Lunatic asylums in Bengal annual reports 1899-1911 - 1899-1911
Year: 1899
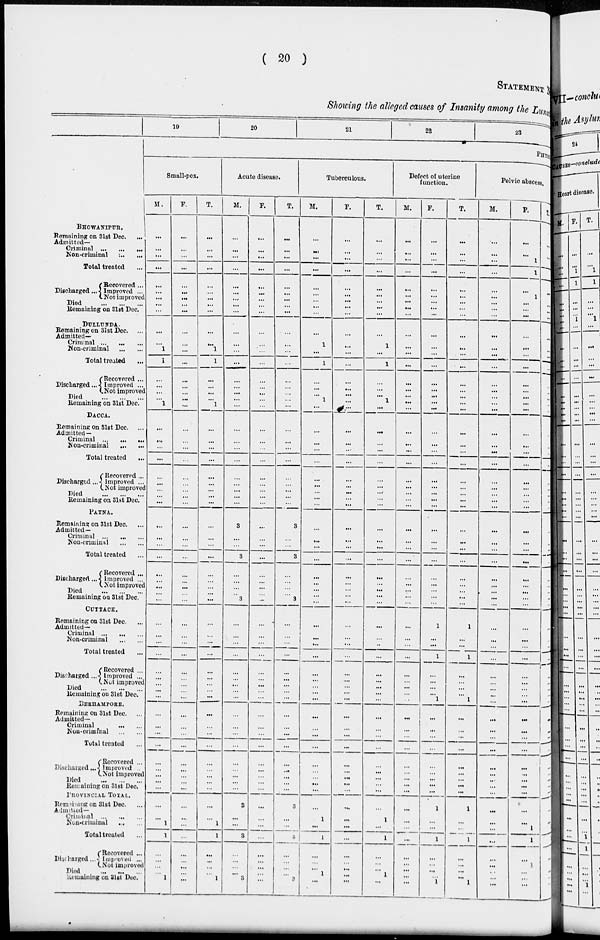
( 20 )
STATEMENT NO.
Showing the alleged causes of Insanity among the Lunatic
BHOWANIPUR.
Remaining on 31st Dec. ...
Admitted—
Criminal ... ... ...
Non-criminal ... ...
Total treated ...
Discharged ...
Recovered ...
Improved ...
Not improved
Died
...
...
...
Remaining on 31st Dec.
DULLUNDA.
Remaining on 31st Dec.
Admitted—
Criminal
...
...
...
Non-criminal
...
...
Total treated
...
Discharged...
Recovered ...
Improved ...
Not improved
Died
...
...
...
Remaining on 31st Dec.
DACCA.
Remaining on 31st Dec. ...
Admitted—
Criminal
...
...
...
Non-criminal
...
...
Total treated ...
Discharged ..
Recovered ...
Improved ...
Not improved
Died
...
...
...
Remaining on 31st Dec.
PATNA.
Remaining on 31st Dec.
Admitted—
Criminal
...
...
...
Non-criminal
...
...
Total treated ...
Discharged ...
Recovered ...
Improved ...
Not improved
Died
...
...
...
Remaining on 31st Dec.
CUTTACK.
Remaining on 31st Dec. ...
Admitted—
Criminal
...
...
...
Non-criminal ... ...
Total treated ...
Discharged ..
Recovered ...
Improved ...
Not improved
Died
...
...
...
Remaining on 31st Dec.
BERHAMPORE.
Remaining on 31st Dec. ...
Admitted—
Criminal
...
...
Non-criminal
...
...
Total treated ...
Discharged ..
Recovered ...
Improved ...
Not improve ...
Died
...
...
Remaining on 31st Dec.
PROVINCIAL TOTAL.
Remaining on 31st Dec. ...
Admittied—
Criminal
...
...
...
Non-criminal
... ...
Total treated ...
Discharged ...
Recovered ...
Improved ...
Not improved
Died
...
...
...
Remaining on 31st Dec.
19
20
21
22
23
PHYSI
Small-pox.
M.
...
...
...
...
...
...
...
...
...
...
...
1
1
...
...
...
...
1
...
...
...
...
...
...
...
...
...
...
...
...
...
...
...
...
...
...
...
...
...
...
...
...
...
...
...
...
...
...
...
...
...
...
...
...
...
...
1
1
...
...
...
...
1
F.
...
...
...
...
...
...
...
...
...
...
...
...
...
...
...
...
...
...
...
...
...
...
...
...
...
...
...
...
...
...
...
...
...
...
...
...
...
...
...
...
...
...
...
...
...
...
...
...
...
...
...
...
...
...
...
...
...
...
...
...
...
...
...
T.
...
...
...
...
...
...
...
...
...
...
...
1
1
...
...
...
...
1
...
...
...
...
...
...
...
...
...
...
...
...
...
...
...
...
...
...
...
...
...
...
...
...
...
...
...
...
...
...
...
...
...
...
...
...
...
...
1
1
...
...
...
...
1
Acute disease.
M.
...
...
...
...
...
...
...
...
...
...
...
...
...
...
...
...
...
...
...
...
...
...
...
...
...
...
...
3
...
...
3
...
...
...
...
3
...
...
...
...
...
...
...
...
...
...
...
...
...
...
...
...
...
...
3
...
...
3
...
...
...
...
3
F.
...
...
...
...
...
...
...
...
...
...
...
...
...
...
...
...
...
...
...
...
...
...
...
...
...
...
...
...
...
...
...
...
...
...
...
...
...
...
...
...
...
...
...
...
...
...
...
...
...
...
...
...
...
...
...
...
...
...
...
...
...
...
T.
...
...
...
...
...
...
...
...
...
...
...
...
...
...
...
...
...
...
...
...
...
...
...
...
...
...
...
3
...
...
3
...
...
...
...
3
...
...
...
...
...
...
...
...
...
...
...
...
...
...
...
...
3
...
...
3
...
...
...
...
3
Tuberculous.
M.
...
...
...
...
...
...
...
...
...
...
1
...
1
...
...
...
1
...
...
...
...
...
...
...
...
...
...
...
...
...
...
...
...
...
...
...
...
...
...
...
...
...
...
...
...
...
...
...
...
...
...
...
...
...
...
1
...
1
...
...
...
1
...
F.
...
...
...
...
...
...
...
...
...
...
...
...
...
...
...
...
...
...
...
...
...
...
...
...
...
...
...
...
...
...
...
...
...
...
...
...
...
...
...
...
...
...
...
...
...
...
...
...
...
...
...
...
...
...
...
...
...
...
...
...
...
...
...
T.
...
...
...
...
...
...
...
...
...
...
1
...
1
...
...
...
1
...
...
...
...
...
...
...
...
...
...
...
...
...
...
...
...
...
...
...
...
...
...
...
...
...
...
...
...
...
...
...
...
...
...
...
...
...
...
1
...
1
...
...
...
1
...
Defect of uterine
function.
M.
...
...
...
...
...
...
...
...
...
...
...
...
...
...
...
...
...
...
...
...
...
...
...
...
...
...
...
...
...
...
...
...
...
...
...
...
...
...
...
...
...
...
...
...
...
...
...
...
...
...
...
...
...
...
...
...
...
...
...
...
...
F.
...
...
...
...
...
...
...
...
...
...
...
...
...
...
...
...
...
...
...
...
...
...
...
...
...
...
...
...
...
...
...
...
...
...
...
1
...
...
1
...
...
...
...
1
...
...
...
...
...
...
...
...
...
1
...
...
1
...
...
...
...
1
T.
...
...
...
...
...
...
...
...
...
...
...
...
...
...
...
...
...
...
...
...
...
...
...
...
...
...
...
...
...
...
...
...
...
...
...
1
...
...
1
...
...
...
...
1
...
...
...
...
...
...
...
...
...
1
...
...
1
...
...
...
...
1
Pelvic abscess.
M.
...
...
...
...
...
...
...
...
...
...
...
...
...
...
...
...
...
...
...
...
...
...
...
...
...
...
...
...
...
...
...
...
...
...
...
...
...
...
...
...
...
...
...
...
...
...
...
...
...
...
...
...
...
...
...
...
...
...
...
...
...
...
F.
...
...
1
1
...
1
...
...
...
...
...
...
...
...
...
...
...
...
...
...
...
...
...
...
...
...
...
...
...
...
...
...
...
...
...
...
...
...
...
...
...
...
...
...
...
...
...
...
...
...
...
...
...
...
...
1
1
...
1
...
...
...
T.
...
...
1
1
...
1
...
...
...
...
...
...
...
...
...
...
...
...
...
...
...
...
...
...
...
...
...
...
...
...
...
...
...
...
...
...
...
...
...
...
...
...
...
...
...
...
...
...
...
...
...
...
...
...
...
1
1
...
1
...
...
...